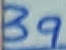
Text: 39